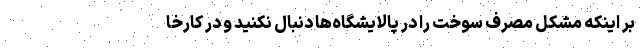
بر اینکه مشکل مصرف سوخت را در پالایشگاه‌ها دنبال نکنید و در کارخا